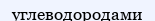
углеводородами